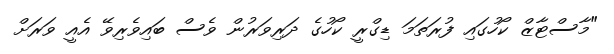
"މާސްޓާޒް ކޯހުގައި ފުރަތަމަ ޑިގްރީ ކޯހުގެ ދަރިވަރުން ވެސް ބައިވެރިވޭ އެއީ ވަރަށް